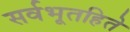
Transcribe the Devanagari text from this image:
सर्वभूतहिते